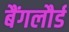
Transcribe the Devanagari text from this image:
बैंगलौर्ड